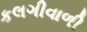
કલગીવાળી